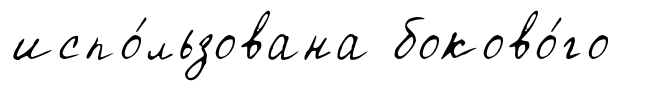
испо́льзована боково́го